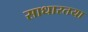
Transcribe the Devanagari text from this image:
साधारतया